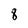
Character: 8